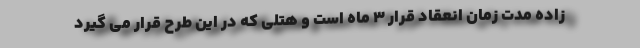
زاده مدت زمان انعقاد قرار ۳ ماه است و هتلی که در این طرح قرار می گیرد